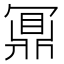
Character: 鼏